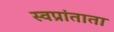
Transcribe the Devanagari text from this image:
स्वप्रांताता